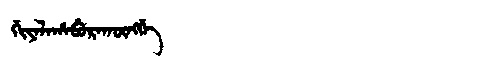
Manchu: ᡤᡳᠶᠠᠯᠠᡥᠠᠪᡠᡵᠠᡴᡡᠩᡤᡝ
Romanization: GIYALAHABURAKŪNGGE